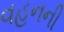
વહનની